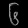
Digit: ၆